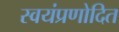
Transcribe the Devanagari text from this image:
स्वयंप्रणोदित